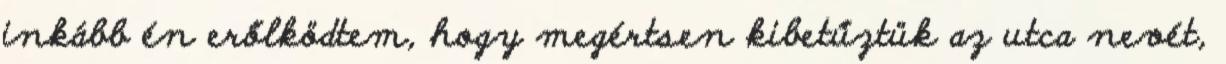
inkább én erőlködtem, hogy megértsen kibetűztük az utca nevét,